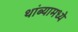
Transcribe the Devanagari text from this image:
थांब्यामध्ये